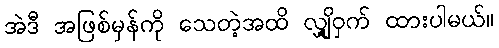
အဲဒီ အဖြစ်မှန်ကို သေတဲ့အထိ လျှို့ဝှက် ထားပါမယ်။